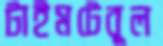
টাইমটেবুল